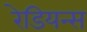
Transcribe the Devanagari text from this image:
रेडियन्स